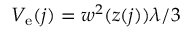
V _ { \mathrm { e } } ( j ) = w ^ { 2 } ( z ( j ) ) \lambda / 3